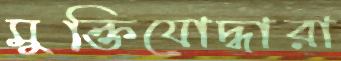
মুক্তিযোদ্ধারা